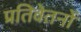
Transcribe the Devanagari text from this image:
प्रतिवेतनों